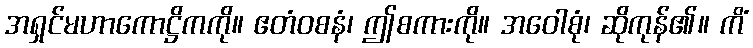
အရှင်မဟာကောဋ္ဌိကကို။ ဧတံဝစနံ၊ ဤစကားကို။ အဝေါစုံ၊ ဆိုကုန်၏။ ကိံ